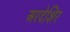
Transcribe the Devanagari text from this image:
अरदेशिर